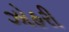
ઝોહરી